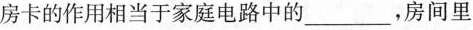
房卡的作用相当于家庭电路中的___，房间里